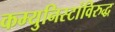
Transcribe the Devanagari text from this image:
कम्युनिस्टांविरुद्ध